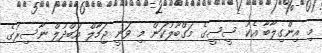
މި އިންގިލާބާ އެކު ސީސީގެ މަގްބޫލުކަން މި ވަނީ ޖަމާލް އަބްދުލް ނާސިރުގެ